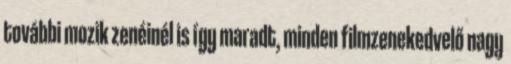
további mozik zenéinél is így maradt, minden filmzenekedvelő nagy